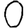
Digit: 0